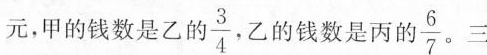
元，甲的钱数是乙的 \frac{3}{4} 乙的钱数是丙的 \frac{6}{7} ，三